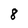
Character: 8